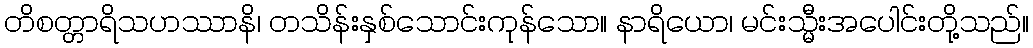
တိစတ္တာရိသဟဿာနိ၊ တသိန်းနှစ်သောင်းကုန်သော။ နာရိယော၊ မင်းသ္မီးအပေါင်းတို့သည်။